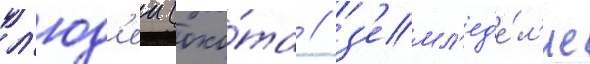
л'юд'еи (охо́та / з'емл'ед'е́л'ие